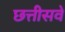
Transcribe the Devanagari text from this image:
छत्तीसवे